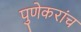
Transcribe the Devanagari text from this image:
पुणेकरांच